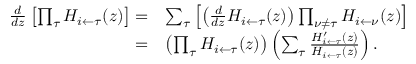
\begin{array} { r l } { \frac { d } { d z } \left[ \prod _ { \tau } H _ { i \leftarrow \tau } ( z ) \right] = } & { \sum _ { \tau } \left[ \left( \frac { d } { d z } H _ { i \leftarrow \tau } ( z ) \right) \prod _ { \nu \neq \tau } H _ { i \leftarrow \nu } ( z ) \right] } \\ { = } & { \left( \prod _ { \tau } H _ { i \leftarrow \tau } ( z ) \right) \left( \sum _ { \tau } \frac { H _ { i \leftarrow \tau } ^ { \prime } ( z ) } { H _ { i \leftarrow \tau } ( z ) } \right) . } \end{array}